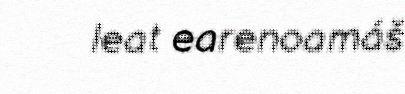
leat earenoamáš